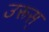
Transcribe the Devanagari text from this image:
उरूस्